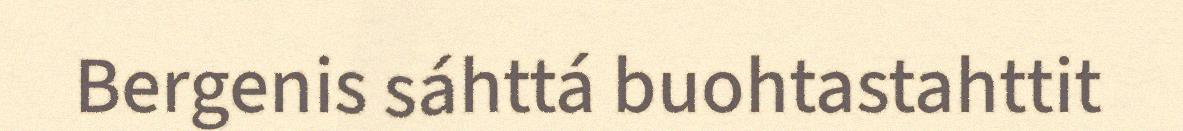
Bergenis sáhttá buohtastahttit